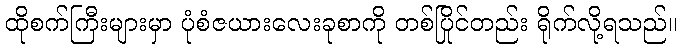
ထိုစက်ကြီးများမှာ ပုံစံဇယားလေးခုစာကို တစ်ပြိုင်တည်း ရိုက်လို့ရသည်။